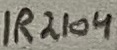
Text: IR2104